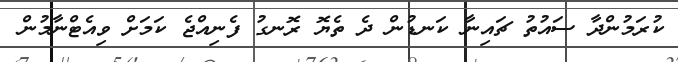
ކުރަމުންދާ ސައުތު ޗައިނާ ކަނޑުން ދެ ތެޔޮ ރޮނގު ފެނިއްޖެ ކަމަށް ވިއެޓްނާމުން